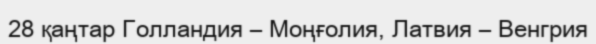
28 қаңтар Голландия – Моңғолия, Латвия – Венгрия